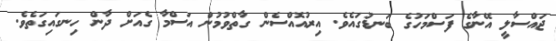
ޖައްސާލީ އޭނާގެ ފަސްމަހުގެ ބަނޑުގައެވެ. އިރުއޮއްސެން ގާތްވުމުން އަސްމާ ގެއަށް ދާން ހިނގައިގަތެވެ.